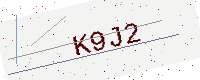
Text: K9J2